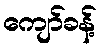
ကျော်ခန့်